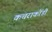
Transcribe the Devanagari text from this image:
कचराकोंडी